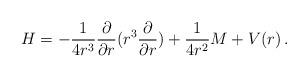
LaTeX: \begin{align*}H = - {1\over {4r^3}} {\partial\over \partial r} (r^3 {\partial \over \partial r} )+ {1\over {4r^2}} M + V(r)\,.\end{align*}